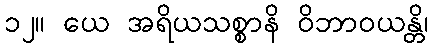
၁၂။ ယေ အရိယသစ္စာနိ ဝိဘာဝယန္တိ၊